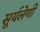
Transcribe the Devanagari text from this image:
सूर्यलेणी